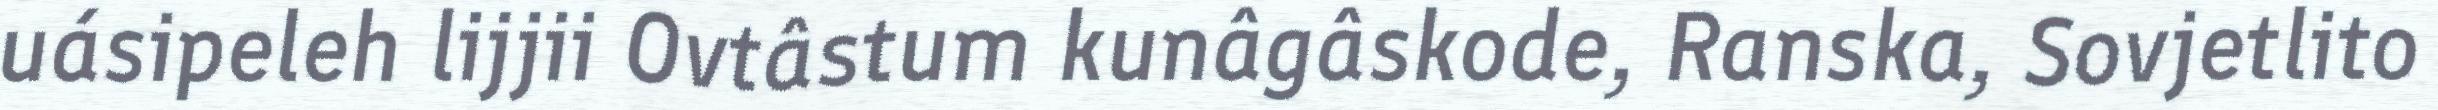
uásipeleh lijjii Ovtâstum kunâgâskode, Ranska, Sovjetlito